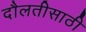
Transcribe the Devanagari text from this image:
दौलतीसाठी